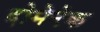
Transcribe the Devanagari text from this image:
दोमेनेक